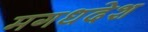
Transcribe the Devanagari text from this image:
मगधदेश